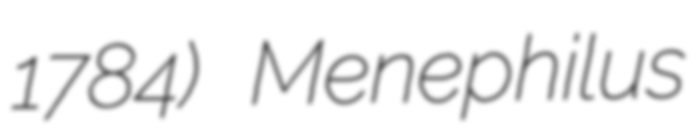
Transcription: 1784) Menephilus